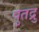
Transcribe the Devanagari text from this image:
पुतद्रु